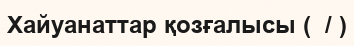
Хайуанаттар қозғалысы (  / )